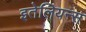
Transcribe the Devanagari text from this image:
इतेलियन्स